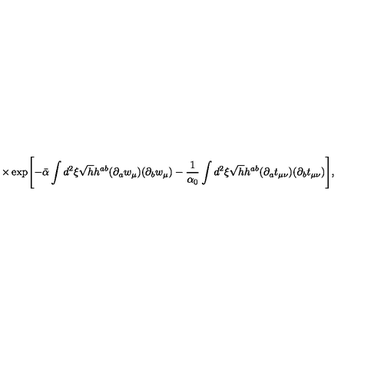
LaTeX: \times \exp \Biggl [ - \bar { \alpha } \int d ^ { 2 } \xi \sqrt { h } h ^ { a b } ( \partial _ { a } w _ { \mu } ) ( \partial _ { b } w _ { \mu } ) - \frac { 1 } { \alpha _ { 0 } } \int d ^ { 2 } \xi \sqrt { h } h ^ { a b } ( \partial _ { a } t _ { \mu \nu } ) ( \partial _ { b } t _ { \mu \nu } ) \Biggr ] ,